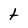
Character: t